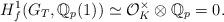
LaTeX: \begin{align*} H^1 _f (G_T ,\mathbb{Q}_p (1))\simeq \mathcal{O}_K ^\times \otimes \mathbb{Q}_p =0.\end{align*}